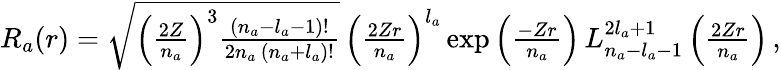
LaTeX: \begin{array}{r}{R_{a}(r)=\sqrt{\left(\frac{2Z}{n_{a}}\right)^{3}\frac{(n_{a}-l_{a}-1)!}{2n_{a}\, (n_{a}+l_{a})!}}\, \left(\frac{2Zr}{n_{a}}\right)^{l_{a}}\exp\left(\frac{-Zr}{n_{a}}\right)\, L_{n_{a}-l_{a}-1}^{2l_{a}+1}\left(\frac{2Zr}{n_{a}}\right)\, ,}\end{array}